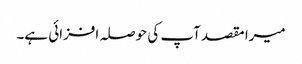
میرا مقصد آپ کی حوصلہ افزائی ہے۔